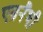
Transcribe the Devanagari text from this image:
एब्रनैथी